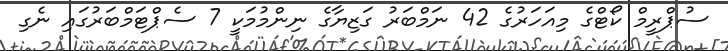
ސުޕްރީމް ކޯޓްގެ މިއަހަރުގެ 42 ނަމްބަރު ގަޒިޔާގެ ނިންމުމަކީ 7 ސެޕްޓަމްބަރުގައި ނެގި